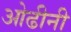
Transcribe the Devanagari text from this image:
ओढीनी